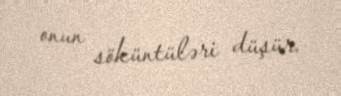
onun söküntüləri düşür.